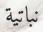
نباتية